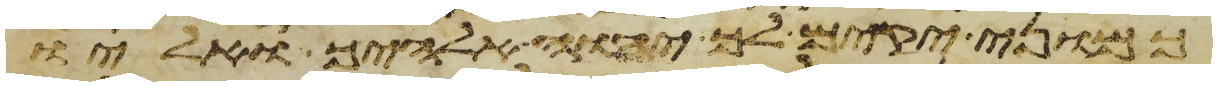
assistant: כמוני יקים לך יהוה אלהיך אליו